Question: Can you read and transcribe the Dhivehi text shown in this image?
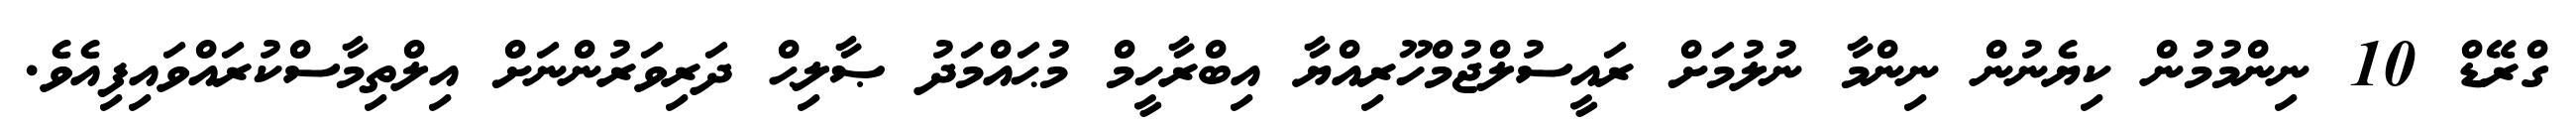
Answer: ގްރޭޑް 10 ނިންމުމުން ކިޔެނުން ނިންމާ ނުލުމަށް ރައީސުލްޖުމްހޫރިއްޔާ އިބްރާހީމް މުޙައްމަދު ޞާލިޙް ދަރިވަރުންނަށް އިލްތިމާސްކުރައްވައިފިއެވެ.